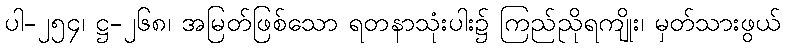
ပါ-၂၅၄၊ ဋ္ဌ-၂၆၈၊ အမြတ်ဖြစ်သော ရတနာသုံးပါး၌ ကြည်ညိုရကျိုး၊ မှတ်သားဖွယ်